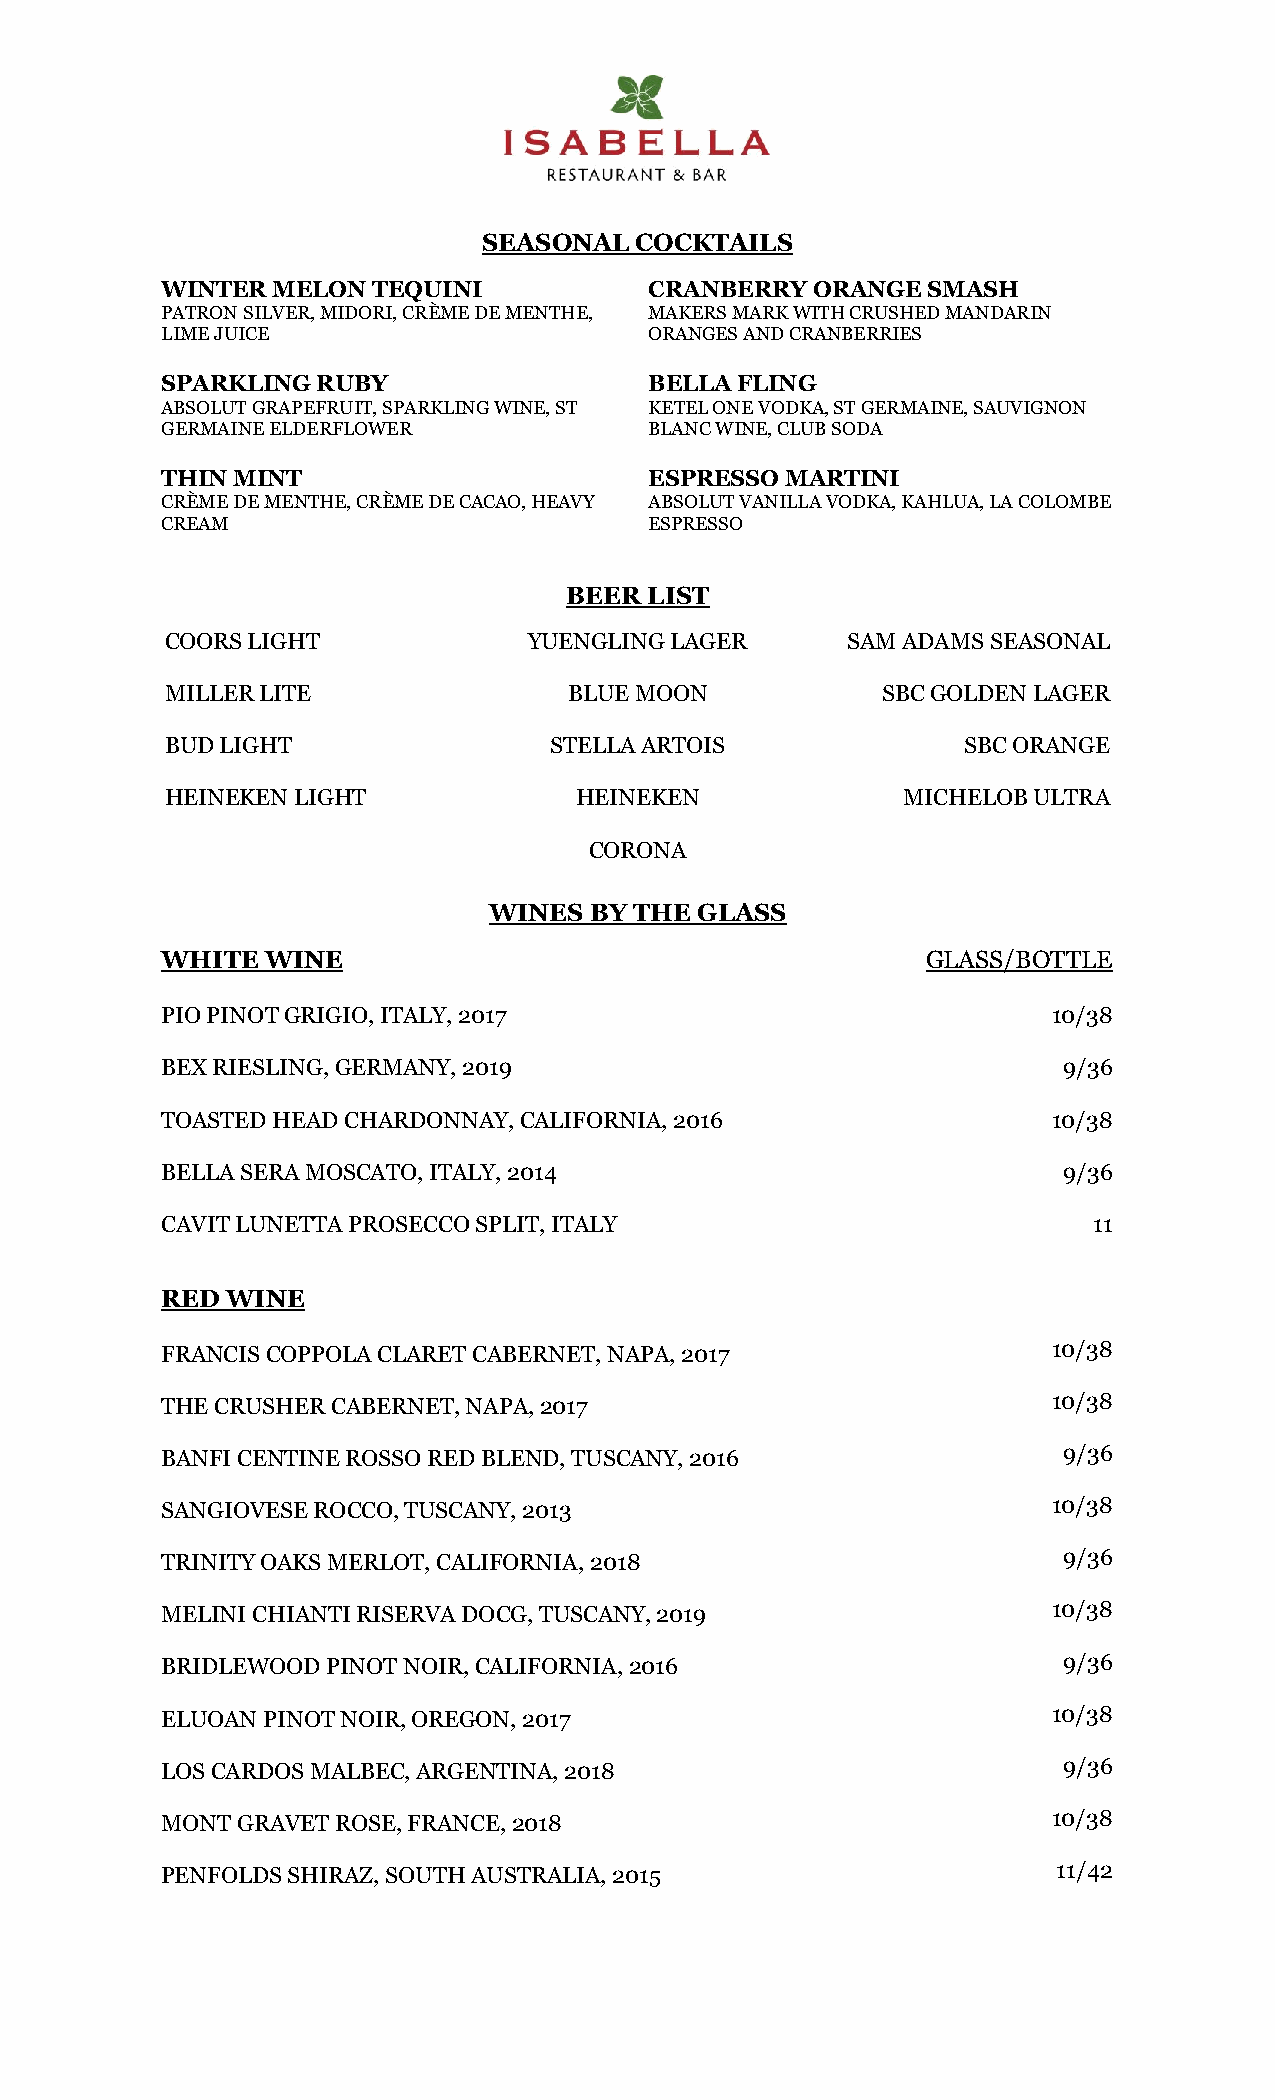
SEASONAL  COCKTAILS
 WINTER MELON  TEQUINI           CRANBERRY  ORANGE SMASH
 PATRON SILVER, MIDORI, CRÈME DE MENTHE, MAKERS MARK WITH CRUSHED MANDARIN
 LIME JUICE                      ORANGES AND CRANBERRIES
 SPARKLING RUBY                  BELLA FLING
 ABSOLUT GRAPEFRUIT, SPARKLING WINE, ST KETEL ONE VODKA, ST GERMAINE, SAUVIGNON
 GERMAINE ELDERFLOWER            BLANC WINE, CLUB SODA
 THIN MINT                       ESPRESSO MARTINI
 CRÈME DE MENTHE, CRÈME DE CACAO, HEAVY ABSOLUT VANILLA VODKA, KAHLUA, LA COLOMBE
 CREAM                           ESPRESSO
 BEER  LIST
 COORS LIGHT             YUENGLING LAGER      SAM ADAMS SEASONAL
 MILLER LITE                BLUE MOON           SBC GOLDEN LAGER
 BUD LIGHT                STELLA ARTOIS               SBC ORANGE
 HEINEKEN LIGHT             HEINEKEN              MICHELOB ULTRA
 CORONA
 WINES  BY THE GLASS
 WHITE  WINE                                       GLASS/BOTTLE
 PIO PINOT GRIGIO, ITALY, 2017                              10/38
 BEX RIESLING, GERMANY, 2019                                9/36
 TOASTED HEAD CHARDONNAY, CALIFORNIA, 2016                  10/38
 BELLA SERA MOSCATO, ITALY, 2014                            9/36
 CAVIT LUNETTA PROSECCO SPLIT, ITALY                          11
 RED WINE
 FRANCIS COPPOLA CLARET CABERNET, NAPA, 2017                10/38
 THE CRUSHER CABERNET, NAPA, 2017                           10/38
 BANFI CENTINE ROSSO RED BLEND, TUSCANY, 2016               9/36
 SANGIOVESE ROCCO, TUSCANY, 2013                            10/38
 TRINITY OAKS MERLOT, CALIFORNIA, 2018                      9/36
 MELINI CHIANTI RISERVA DOCG, TUSCANY, 2019                 10/38
 BRIDLEWOOD PINOT NOIR, CALIFORNIA, 2016                    9/36
 ELUOAN PINOT NOIR, OREGON, 2017                            10/38
 LOS CARDOS MALBEC, ARGENTINA, 2018                         9/36
 MONT GRAVET ROSE, FRANCE, 2018                             10/38
 PENFOLDS SHIRAZ, SOUTH AUSTRALIA, 2015                     11/42